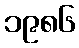
၁၉၈၆